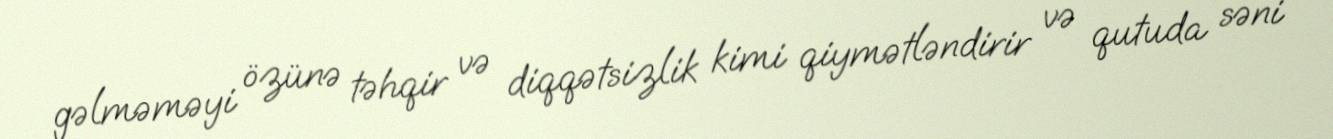
gəlməməyi özünə təhqir və diqqətsizlik kimi qiymətləndirir və qutuda səni